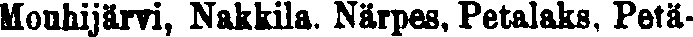
Mouhijärvi, Nakkila. Närpes, Petalaks, Petä-